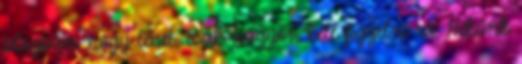
blogban, hogy lehet, csak nagyon kell figyelni rá. Nekünk